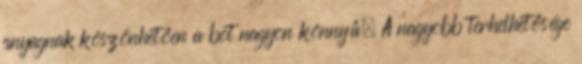
anyagnak köszönhetően a bot nagyon könnyű. A nagyobb terhelhetősége